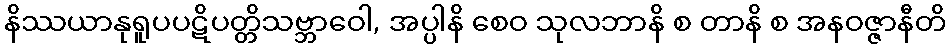
နိဿယာနုရူပပဋိပတ္တိသဗ္ဘာဝေါ, အပ္ပါနိ စေဝ သုလဘာနိ စ တာနိ စ အနဝဇ္ဇာနီတိ